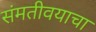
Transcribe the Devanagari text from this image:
संमतीवयाचा